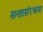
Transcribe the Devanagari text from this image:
सत्तासंरचना